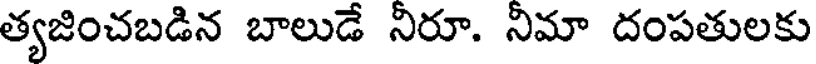
త్యజించబడిన బాలుడే నిరూ. నిమా దంపతులకు